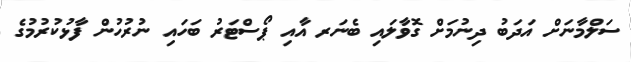
ސަލްމާނަށް އަދަބު ދިނުމަށް ގޮވާލައި ބެނަރ އާއި ޕޯސްޓަރު ބަހައި ނުރުހުން ފާޅުކުރުމުގެ